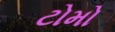
ટોમો